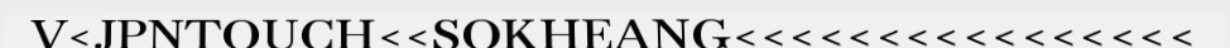
V<JPNTOUCH<<SOKHEANG<<<<<<<<<<<<<<<<